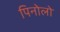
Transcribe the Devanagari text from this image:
पिनोलो